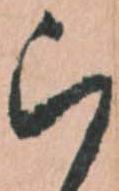
ら